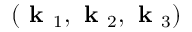
( \textbf { k } _ { 1 } , \textbf { k } _ { 2 } , \textbf { k } _ { 3 } )